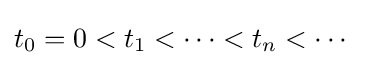
t_{0}=0<t_{1}<\cdots <t_{n}<\cdots